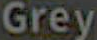
Grey